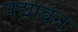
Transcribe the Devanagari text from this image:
पद्माबेन